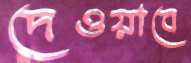
দেওয়াবে